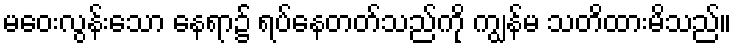
မဝေးလွန်းသော နေရာ၌ ရပ်နေတတ်သည်ကို ကျွန်မ သတိထားမိသည်။